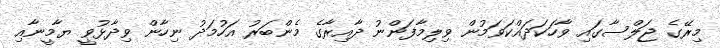
މިރޭގެ ޖަލްސާގައި ވާހަކަދައްކަވަމުން ވިލިމާފަންނު ދާއިރާގެ މެންބަރު އަހުމަދު ނިހާން ވިދާޅުވީ ޔާމީނާއި